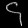
Digit: ၄